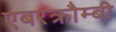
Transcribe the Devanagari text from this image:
एबरक्रौम्बी